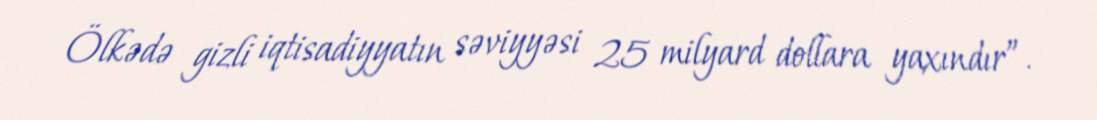
Ölkədə gizli iqtisadiyyatın səviyyəsi 25 milyard dollara yaxındır”.